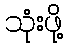
သုံးဖို့